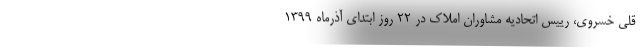
قلی خسروی، رییس اتحادیه مشاوران املاک در ۲۲ روز ابتدای آذرماه ۱۳۹۹